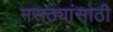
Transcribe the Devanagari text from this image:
मराठ्यांसाठी